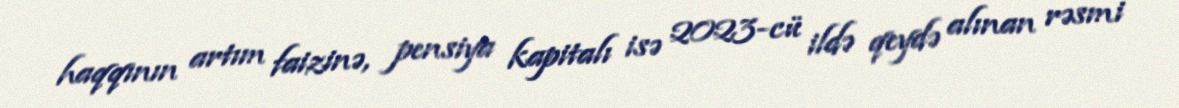
haqqının artım faizinə, pensiya kapitalı isə 2023-cü ildə qeydə alınan rəsmi